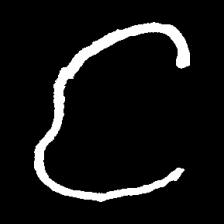
Pyu character \u2014 Myanmar letter: င (romanized: nga)